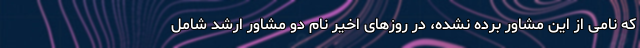
که نامی از این مشاور برده نشده، در روزهای اخیر نام دو مشاور ارشد شامل